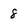
Character: 8